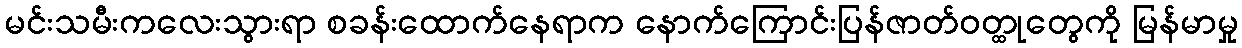
မင်းသမီးကလေးသွားရာ စခန်းထောက်နေရာက နောက်ကြောင်းပြန်ဇာတ်ဝတ္ထုတွေကို မြန်မာမှု